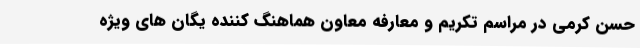
حسن کرمی در مراسم تکریم و معارفه معاون هماهنگ کننده یگان های ویژه